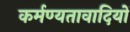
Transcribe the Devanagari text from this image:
कर्मण्यतावादियों